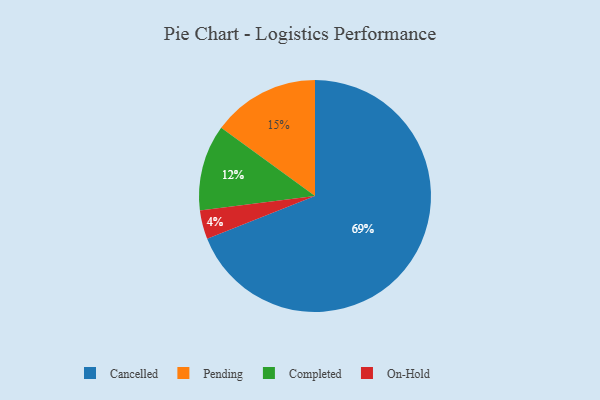
{"axis": {"x": "Category", "y": "Percentage"}, "legend": ["Cancelled", "Completed", "On-Hold", "Pending"], "data": [{"x": "On-Hold", "y": 4, "type": "On-Hold"}, {"x": "Completed", "y": 12, "type": "Completed"}, {"x": "Pending", "y": 15, "type": "Pending"}, {"x": "Cancelled", "y": 69, "type": "Cancelled"}]}